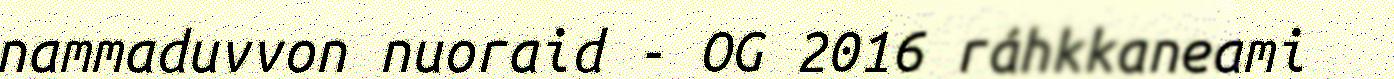
nammaduvvon nuoraid - OG 2016 ráhkkaneami